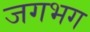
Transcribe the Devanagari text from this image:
जगभग